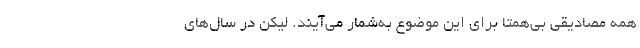
همه مصادیقی بی‌همتا برای این موضوع به‌شمار می‌آیند. لیکن در سال‌های